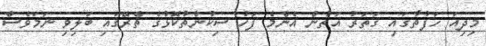
މިދިއަ ހަފުތާގައި ގަތަރު އަތުން އެންމެ ފަހު ސިކުންތުކޮޅުގެ ތެރޭގައި ބަލިވި ނަމަވެސް